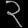
Digit: ၃